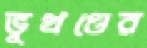
ভূখণ্ডের